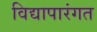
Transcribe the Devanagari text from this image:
विद्यापारंगत